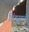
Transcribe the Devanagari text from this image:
हिंदूसाठी